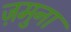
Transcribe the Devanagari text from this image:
ज़मुना